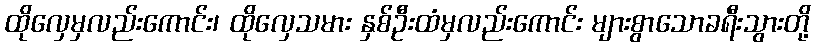
ထိုလှေမှလည်းကောင်း၊ ထိုလှေသမား နှစ်ဦးထံမှလည်းကောင်း များစွာသောခရီးသွားတို့